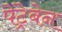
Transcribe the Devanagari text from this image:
पेंट्रेबेन